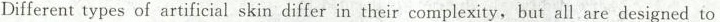
Different types of artificial skin differ in their complexity,but all are designed to